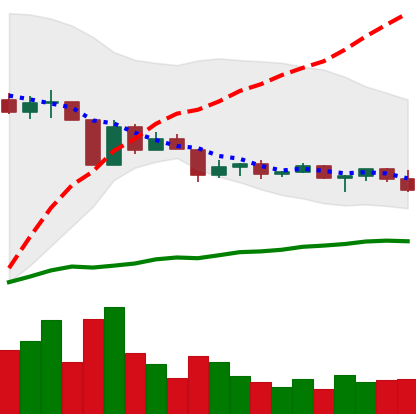
Ticker: ETC-USD
Chart end date: 2022-04-21
Forward return: -12.246%
Label: down_7plus